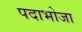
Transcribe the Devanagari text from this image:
पदाभोजा